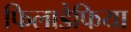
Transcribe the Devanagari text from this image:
फिलाडेफिया